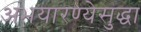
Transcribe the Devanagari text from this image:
अभयारण्येसुद्धा